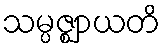
သမ္ပဇ္ဈာယတိ